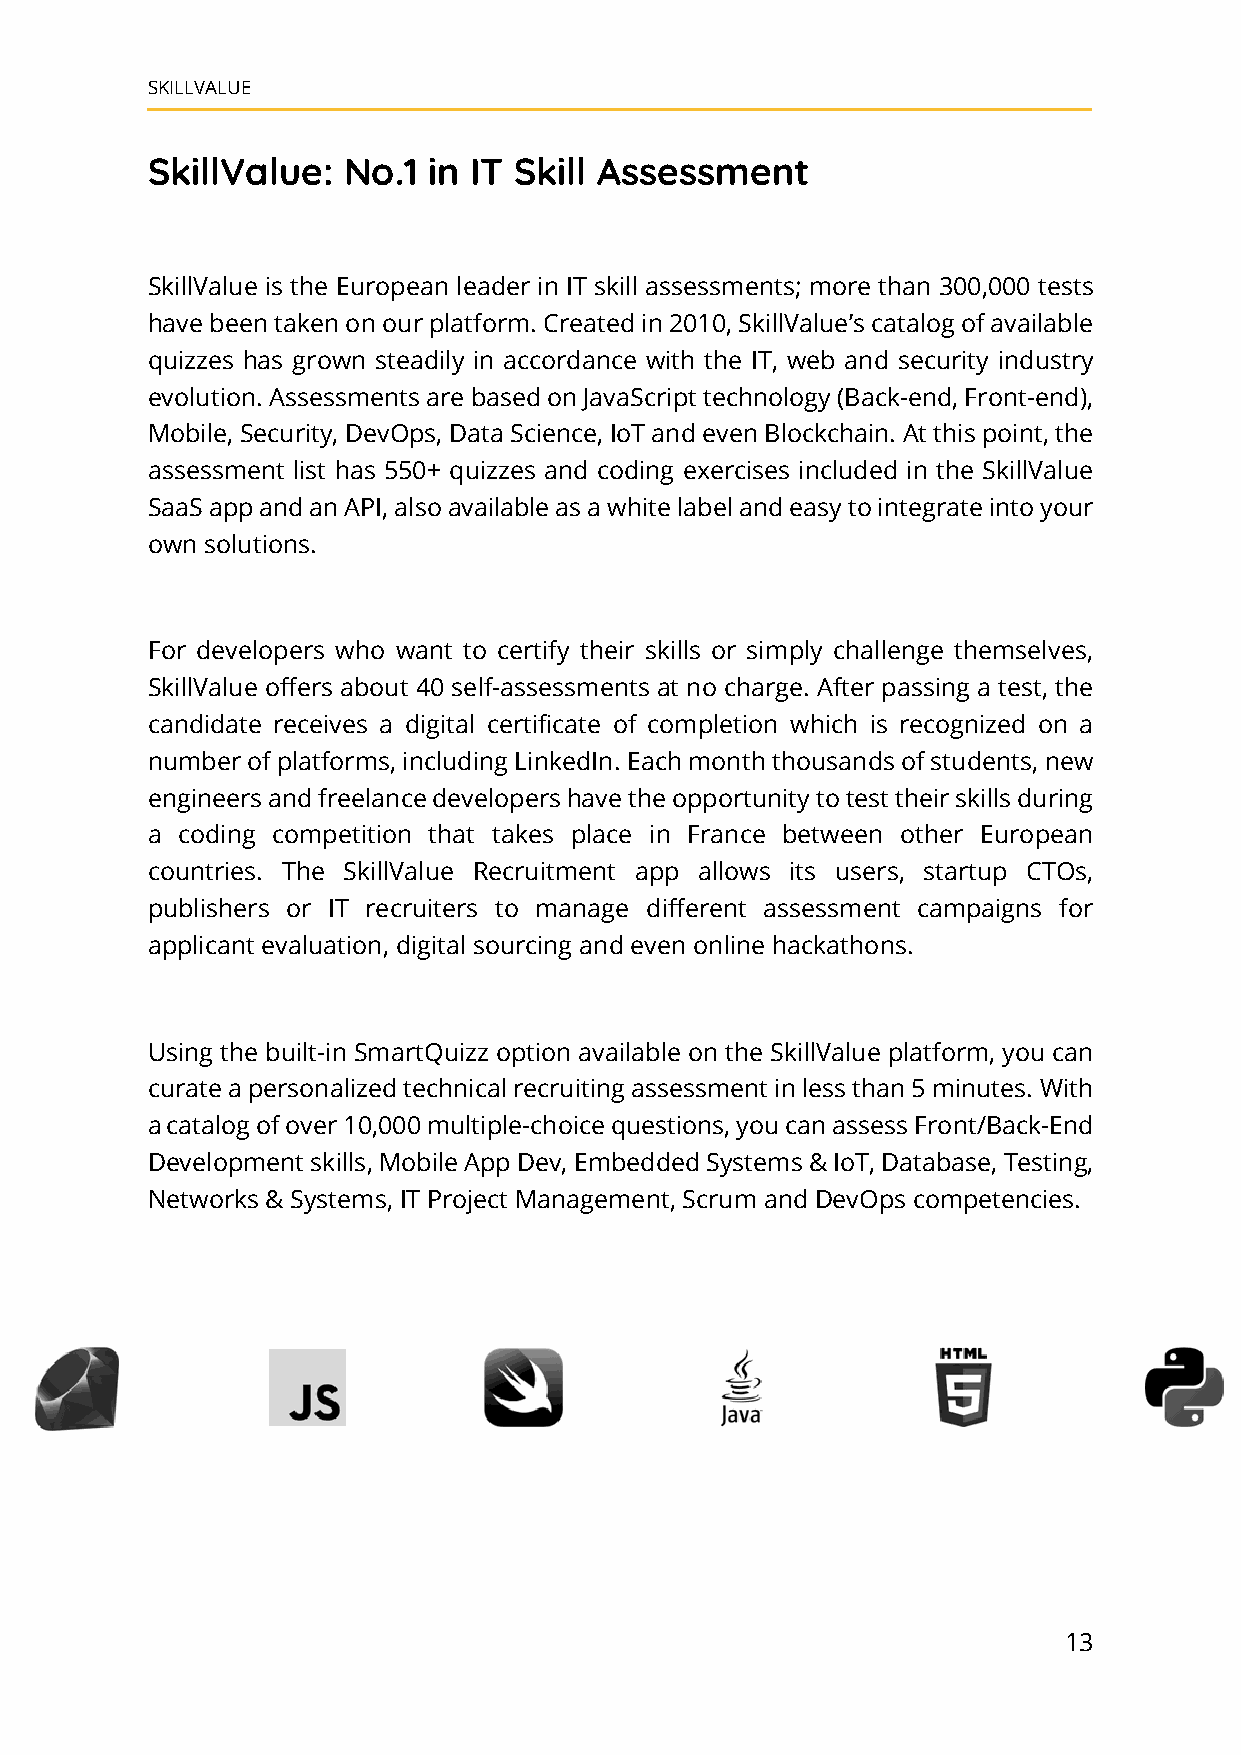
SKILLVALUE
 SkillValue:  No.1 in IT Skill Assessment
 SkillValue is the European leader in IT skill assessments; more than 300,000 tests
 have been taken on our platform. Created in 2010, SkillValue’s catalog of available
 quizzes has grown steadily in accordance with the IT, web and security industry
 evolution. Assessments are based on JavaScript technology (Back-end, Front-end),
 Mobile, Security, DevOps, Data Science, IoT and even Blockchain. At this point, the
 assessment list has 550+ quizzes and coding exercises included in the SkillValue
 SaaS app and an API, also available as a white label and easy to integrate into your
 own solutions.
 For developers who want to certify their skills or simply challenge themselves,
 SkillValue offers about 40 self-assessments at no charge. After passing a test, the
 candidate receives a digital certificate of completion which is recognized on a
 number of platforms, including LinkedIn. Each month thousands of students, new
 engineers and freelance developers have the opportunity to test their skills during
 a coding competition that takes place in France between other European
 countries. The SkillValue Recruitment app allows its users, startup CTOs,
 publishers or IT recruiters to manage different assessment campaigns for
 applicant evaluation, digital sourcing and even online hackathons.
 Using the built-in SmartQuizz option available on the SkillValue platform, you can
 curate a personalized technical recruiting assessment in less than 5 minutes. With
 a catalog of over 10,000 multiple-choice questions, you can assess Front/Back-End
 Development skills, Mobile App Dev, Embedded Systems & IoT, Database, Testing,
 Networks & Systems, IT Project Management, Scrum and DevOps competencies.
 13